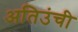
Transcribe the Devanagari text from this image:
अतिउंची